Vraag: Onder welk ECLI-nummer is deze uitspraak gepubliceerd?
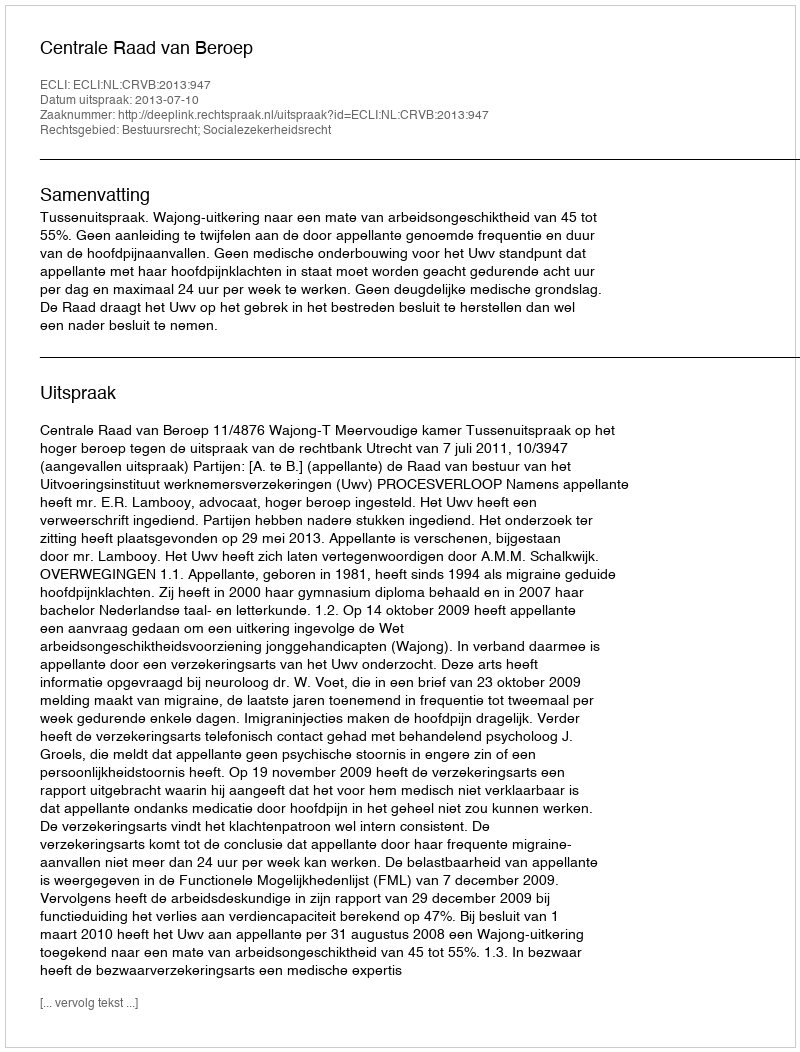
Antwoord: ECLI:NL:CRVB:2013:947